Report on vaccination in the Province of Bengal - 1869-1873
Year: 1869
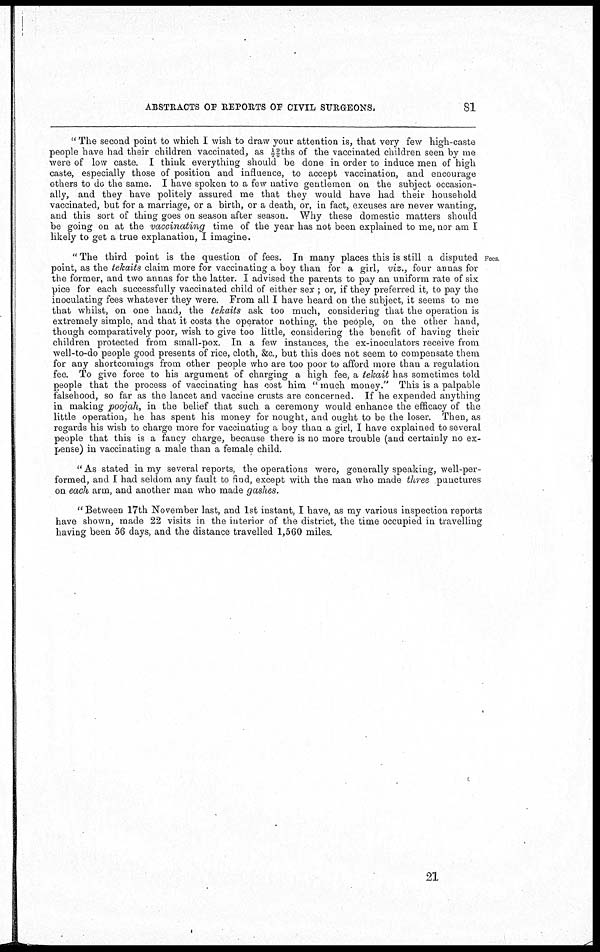
ABSTRACTS OF REPORTS OF CIVIL SURGEONS.
81
" The second point to which I wish to draw your attention is, that very few high-caste
people have had their children vaccinated, as ½ 9/6 ths of the vaccinated children seen by me
were of low caste. I think everything should be done in order to induce men of high
caste, especially those of position and influence, to accept vaccination, and encourage
others to do the same. I have spoken to a few native gentlemen on the subject occasion-
ally, and they have politely assured me that they would have had their household
vaccinated, but for a marriage, or a birth, or a death, or, in fact, excuses are never wanting,
and this sort of thing goes on season after season. Why these domestic matters should
be going on at the vaccinating time of the year has not been explained to me, nor am I
likely to get a true explanation, I imagine.
Fees
" The third point is the question of fees. In many places this is still a disputed
point, as the tekaits claim more for vaccinating a boy than for a girl, viz., four annas for
the former, and two annas for the latter. I advised the parents to pay an uniform rate of six
pice for each successfully vaccinated child of either sex ; or, if they preferred it, to pay the
inoculating fees whatever they were. From all I have heard on the subject, it seems to me
that whilst, on one hand, the tekaits ask too much, considering that the operation is
extremely simple, and that it costs the operator nothing, the people, on the other hand,
though comparatively poor, wish to give too little, considering the benefit of having their
children protected from small-pox. In a few instances, the ex-inoculators receive from
well-to-do people good presents of rice, cloth, &c, but this does not seem to compensate them
for any shortcomings from other people who are too poor to afford more than a regulation
fee. To give force to his argument of charging a high fee, a tekait has sometimes told
people that the process of vaccinating has cost him " much money." This is a palpable
falsehood, so far as the lancet and vaccine crusts are concerned. If he expended anything
in making poojah, in the belief that such a ceremony would enhance the efficacy of the
little operation, he has spent his money for nought, and ought to be the loser. Then, as
regards his wish to charge more for vaccinating a boy than a girl, I have explained to several
people that this is a fancy charge, because there is no more trouble (and certainly no ex-
pense) in vaccinating a male than a female child.
" As stated in my several reports, the operations were, generally speaking, well-per-
formed, and I had seldom any fault to find, except with the man who made three punctures
on each arm, and another man who made gashes.
" Between 17th November last, and 1st instant, I have, as my various inspection reports
have shown, made 22 visits in the interior of the district, the time occupied in travelling
having been 56 days, and the distance travelled 1,560 miles.
21